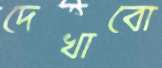
দেখাবো